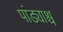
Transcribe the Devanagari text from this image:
पांड्याश्च